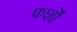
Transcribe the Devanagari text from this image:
फ़र्शों